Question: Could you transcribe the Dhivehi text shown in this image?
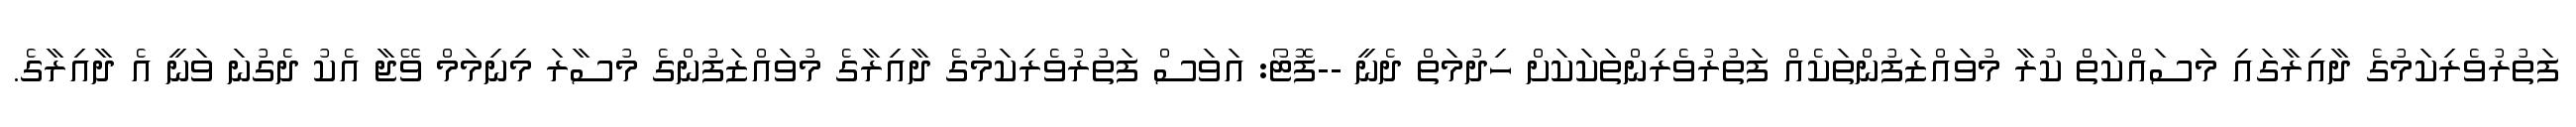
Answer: ފަތުރުވެރިކަމުގެ ދާއިރާގައި މަސައްކަތް ކުރާ މުވައްޒަފުންތަކެއް ފަތުރުވެރިންތަކަކަށް ހިދުމަތް ދެނީ --ފޮޓޯ: އަވަސް ފަތުރުވެރިކަމުގެ ދާއިރާގެ މުވައްޒަފުންގެ މުސާރަ މިނިމަމް ވޭޖާ އެކު ދެގުނަ ވަނީ އެ ދާއިރާގެ.